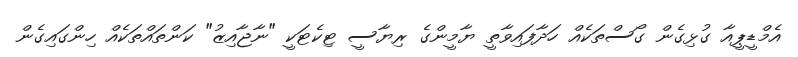
އެމްޑީޕީއާ ގުޅިގެން ގޯސްތަކެއް ހަދާފައިވާތީ ޔާމީންގެ ރިޔާސީ ޓިކެޓަކީ "ނާޖާއިޒު" ކަންތައްތަކެއް ހިންގައިގެން